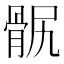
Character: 䯌